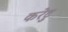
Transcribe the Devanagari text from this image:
करेटु